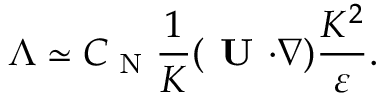
\Lambda \simeq C _ { \textrm { N } } \frac { 1 } { K } ( { \textbf { U } } { \boldsymbol { \cdot } } { \boldsymbol { \nabla } } ) \frac { K ^ { 2 } } { \varepsilon } .